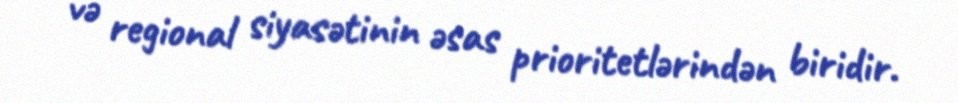
və regional siyasətinin əsas prioritetlərindən biridir.